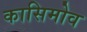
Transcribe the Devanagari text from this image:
कासिमोव